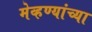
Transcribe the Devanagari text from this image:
मेव्हण्यांच्या